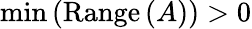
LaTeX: \operatorname*{min}\left(\mathrm{Range}\left(A\right)\right)>0